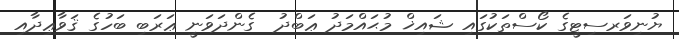
ޔުނިވަރސިޓީގެ ކޯސްތަކުގައި ޝައިޚް މުޙައްމަދު ޢަބްދު  ގެންދަވަނީ ޢަރަބި ބަހުގެ ޤަވާޢިދާއި